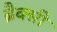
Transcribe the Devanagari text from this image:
ब्रैक्सी